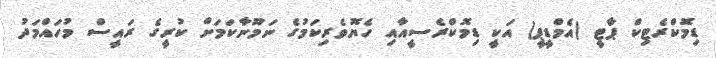
ޑިމޮކްރެޓިކް ޕާޓީ (އެމްޑީޕީ) އަކީ ޑިމޮކްރެސީއާއި ހެޔޮވެރިކަމުގެ ނަމޫނާކަމަށް ކުރީގެ ރައީސް މުހައްމަދު